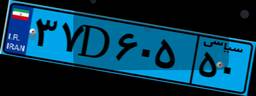
۳۷D۶۰۵۵۰